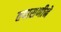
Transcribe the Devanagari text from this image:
तपासणीने